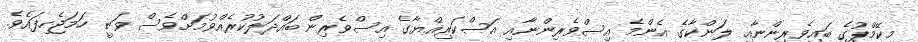
މިކޭމްޕުގެ ބައިވެރިންނާއި ލަންކާގެ އެންމެ އިސްވެރިންނާއި އަސްކަރިއްޔާގެ އިސްވެރިން ބައްދަލުކުރެއްވުމަށްވެސް ވަނީ ހަމަޖެހިފައެވެ.